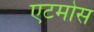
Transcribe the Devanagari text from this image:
एटमोस